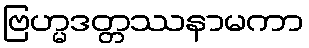
ဗြဟ္မဒတ္တဿနာမကာ